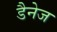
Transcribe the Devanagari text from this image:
डैनेज